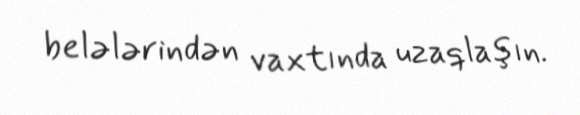
belələrindən vaxtında uzaqlaşın.